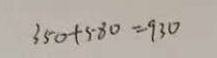
3 5 0 + 5 8 0 = 9 3 0